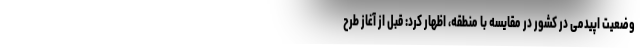
وضعیت اپیدمی در کشور در مقایسه با منطقه، اظهار کرد: قبل از آغاز طرح